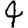
Digit: 4